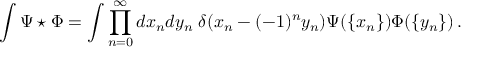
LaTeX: \int \Psi \star \Phi = \int \prod _ { n = 0 } ^ { \infty } d x _ { n } d y _ { n } \; \delta ( x _ { n } - ( - 1 ) ^ { n } y _ { n } ) \Psi ( \{ x _ { n } \} ) \Phi ( \{ y _ { n } \} ) \, .